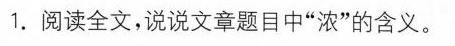
1.阅读全文，说说文章题目中”浓”的含义。